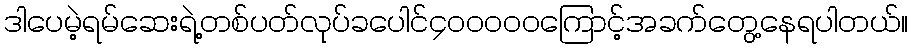
ဒါပေမဲ့ရမ်ဆေးရဲ့တစ်ပတ်လုပ်ခပေါင်၄၀၀၀၀၀ကြောင့်အခက်တွေ့နေရပါတယ်။